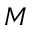
M